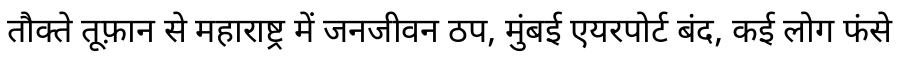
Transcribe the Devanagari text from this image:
तौक्ते तूफ़ान से महाराष्ट्र में जनजीवन ठप, मुंबई एयरपोर्ट बंद, कई लोग फंसे